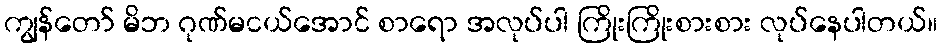
ကျွန်တော် မိဘ ဂုဏ်မငယ်အောင် စာရော အလုပ်ပါ ကြိုးကြိုးစားစား လုပ်နေပါတယ်။